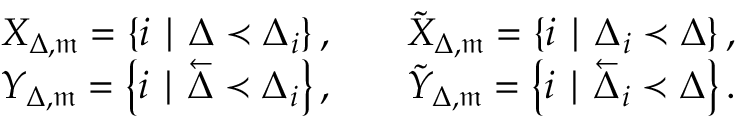
\begin{array} { r l } { X _ { \Delta , \mathfrak { m } } = \left\lbrace i \mid \Delta \prec \Delta _ { i } \right\rbrace , \quad } & { \tilde { X } _ { \Delta , \mathfrak { m } } = \left\lbrace i \mid \Delta _ { i } \prec \Delta \right\rbrace , } \\ { Y _ { \Delta , \mathfrak { m } } = \left\lbrace i \mid \overleftarrow { \Delta } \prec \Delta _ { i } \right\rbrace , \quad } & { \tilde { Y } _ { \Delta , \mathfrak { m } } = \left\lbrace i \mid \overleftarrow { \Delta } _ { i } \prec \Delta \right\rbrace . } \end{array}